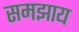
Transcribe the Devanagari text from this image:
समझाय